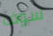
سوف